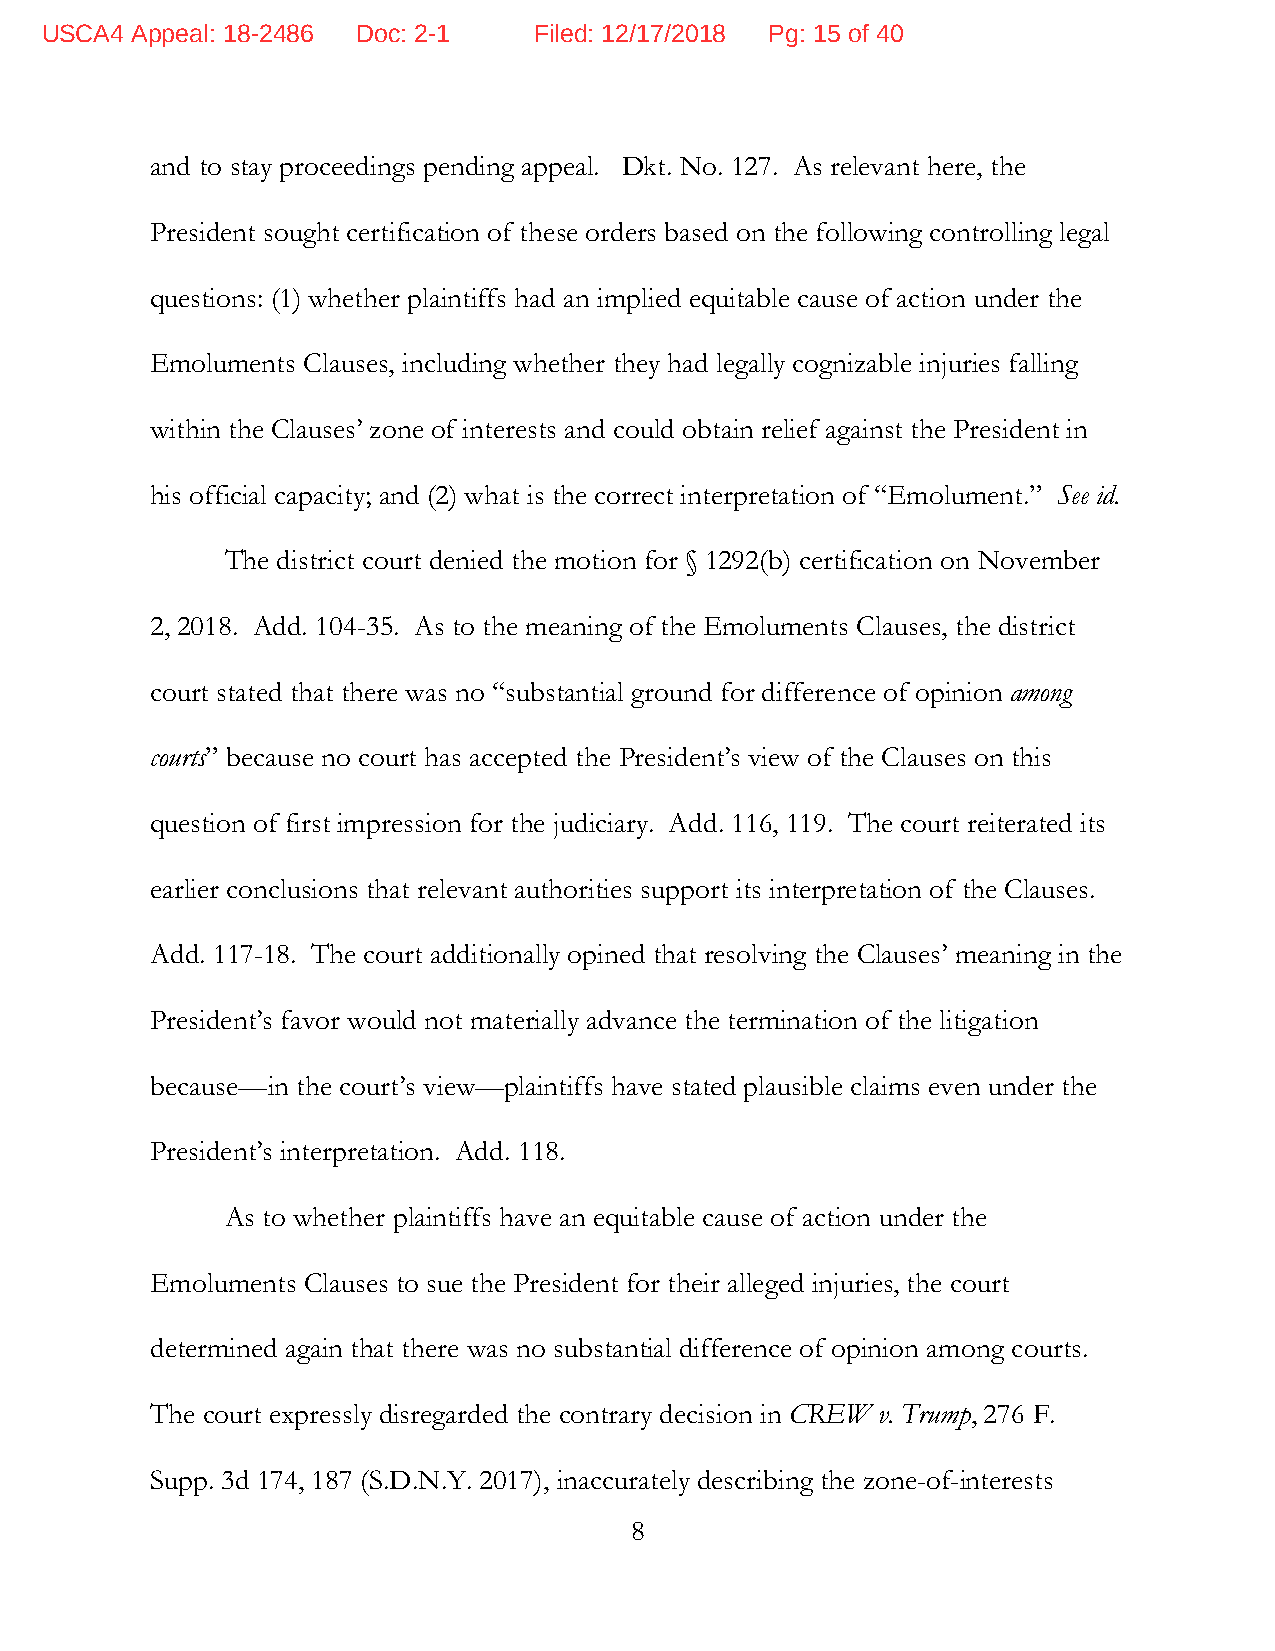
USCA4 Appeal: 18-2486 Doc: 2-1  Filed: 12/17/2018 Pg: 15 of 40
 and to stay proceedings pending appeal. Dkt. No. 127. As relevant here, the
 President sought certification of these orders based on the following controlling legal
 questions: (1) whether plaintiffs had an implied equitable cause of action under the
 Emoluments Clauses, including whether they had legally cognizable injuries falling
 within the Clauses’ zone of interests and could obtain relief against the President in
 his official capacity; and (2) what is the correct interpretation of “Emolument.” See id.
 The district court denied the motion for § 1292(b) certification on November
 2, 2018. Add. 104-35. As to the meaning of the Emoluments Clauses, the district
 court stated that there was no “substantial ground for difference of opinion among
 courts” because no court has accepted the President’s view of the Clauses on this
 question of first impression for the judiciary. Add. 116, 119. The court reiterated its
 earlier conclusions that relevant authorities support its interpretation of the Clauses.
 Add. 117-18. The court additionally opined that resolving the Clauses’ meaning in the
 President’s favor would not materially advance the termination of the litigation
 because—in the court’s view—plaintiffs have stated plausible claims even under the
 President’s interpretation. Add. 118.
 As to whether plaintiffs have an equitable cause of action under the
 Emoluments Clauses to sue the President for their alleged injuries, the court
 determined again that there was no substantial difference of opinion among courts.
 The court expressly disregarded the contrary decision in CREW v. Trump, 276 F.
 Supp. 3d 174, 187 (S.D.N.Y. 2017), inaccurately describing the zone-of-interests
 8